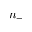
n _ { - }